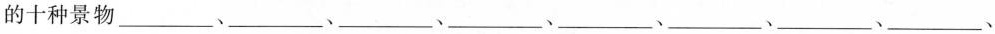
的十种景物___、___、___、___、___、___、___、___、